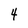
Character: 4